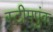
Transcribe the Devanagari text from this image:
स्टीमपुंक